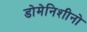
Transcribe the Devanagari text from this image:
डोमेनिशीनो